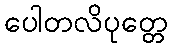
ပေါတလိပုတ္တေ